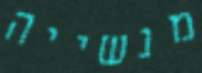
מנשייה